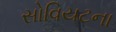
સોવિયટના